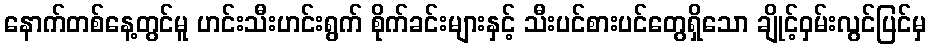
နောက်တစ်နေ့တွင်မူ ဟင်းသီးဟင်းရွက် စိုက်ခင်းများနှင့် သီးပင်စားပင်တွေရှိသော ချိုင့်ဝှမ်းလွင်ပြင်မှ